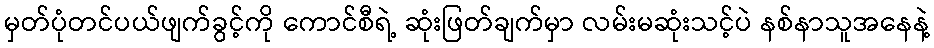
မှတ်ပုံတင်ပယ်ဖျက်ခွင့်ကို ကောင်စီရဲ့ ဆုံးဖြတ်ချက်မှာ လမ်းမဆုံးသင့်ပဲ နစ်နာသူအနေနဲ့